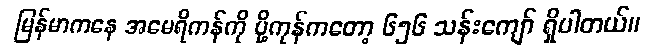
မြန်မာကနေ အမေရိကန်ကို ပို့ကုန်ကတော့ ၆၅၆ သန်းကျော် ရှိပါတယ်။